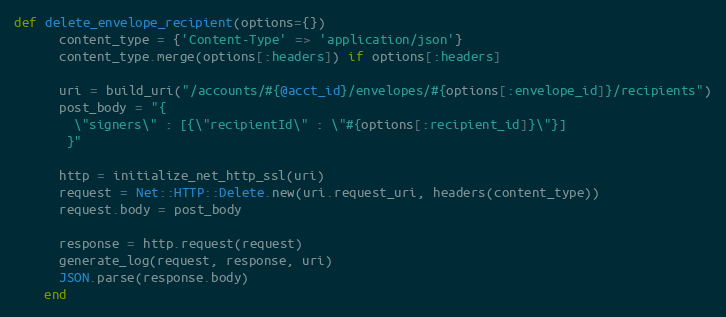
Language: Ruby
def delete_envelope_recipient(options={})
      content_type = {'Content-Type' => 'application/json'}
      content_type.merge(options[:headers]) if options[:headers]

      uri = build_uri("/accounts/#{@acct_id}/envelopes/#{options[:envelope_id]}/recipients")
      post_body = "{
        \"signers\" : [{\"recipientId\" : \"#{options[:recipient_id]}\"}]
       }"

      http = initialize_net_http_ssl(uri)
      request = Net::HTTP::Delete.new(uri.request_uri, headers(content_type))
      request.body = post_body

      response = http.request(request)
      generate_log(request, response, uri)
      JSON.parse(response.body)
    end